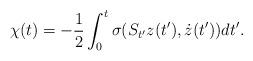
LaTeX: \begin{align*}\chi(t)=-\frac{1}{2}\int_{0}^{t}\sigma(S_{t^{\prime}}z(t^{\prime}),\dot{z}(t^{\prime}))dt^{\prime}. \end{align*}